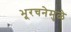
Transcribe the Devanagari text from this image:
भूरचनेमुळे